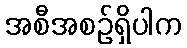
အစီအစဉ်ရှိပါက